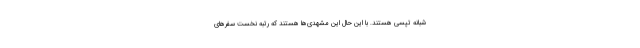
شبانه تپسی هستند. با این حال این مشهدی‌ها هستند که رتبه نخست سفرهای